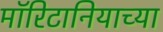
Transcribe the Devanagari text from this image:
मॉरिटानियाच्या